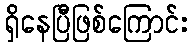
ရှိနေပြီဖြစ်ကြောင်း